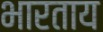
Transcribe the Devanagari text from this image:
भारताय